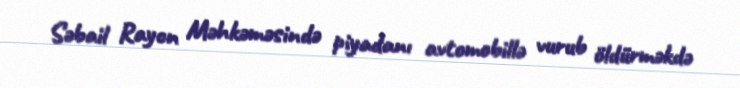
Səbail Rayon Məhkəməsində piyadanı avtomobillə vurub öldürməkdə